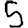
Digit: 5